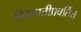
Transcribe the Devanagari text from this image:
विद्यापतीप्रवर्तित